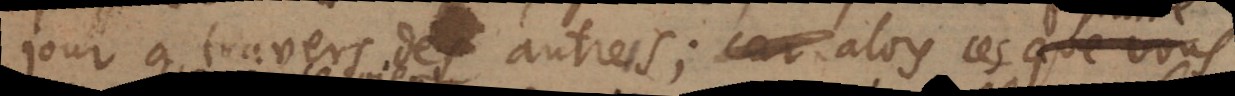
jour à travers des autres; car alors ces que vous